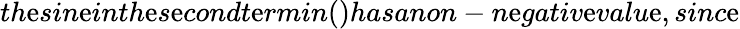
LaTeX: th\mathrm{e}sin\mathrm{e}inth\mathrm{e}s\mathrm{e}condt\mathrm{e}rmin()hasanon-n\mathrm{e}gativ\mathrm{e}valu\mathrm{e},sinc\mathrm{e}